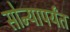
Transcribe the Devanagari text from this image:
सोन्यापर्यंत